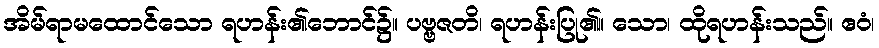
အိမ်ရာမထောင်သော ရဟန်း၏ဘောင်၌။ ပဗ္ဗဇတိ၊ ရဟန်းပြု၏။ သော၊ ထိုရဟန်းသည်။ ဧဝံ၊